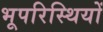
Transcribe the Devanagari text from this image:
भूपरिस्थियों